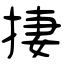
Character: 捿